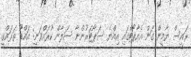
ރައީސް ޔާމީން ގަން އެއާޕޯޓްގައި އިއްޔެ ސަޕޯޓަރުންނާ ސަލާން ކުރައްވަނީ: އައްޑޫ ތަރައްގީ